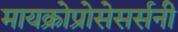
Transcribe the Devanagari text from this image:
मायक्रोप्रोसेसर्सनी